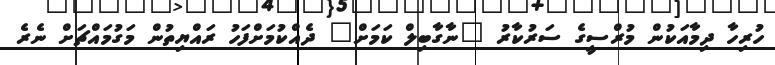
ހުރިހާ ދިމާއަކުން މުރްސީގެ ސަރުކާރު "ނާގާބިލް ކަމަށް" ދެއްކުމަށްފަހު ރައްޔިތުން މަގުމައްޗަށް ނެރެ